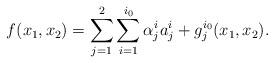
LaTeX: \begin{align*}f(x_1,x_2)=\sum_{j=1}^2\sum_{i=1}^{i_0} \alpha_j^i a_j^i+ g_j^{i_0}(x_1,x_2).\end{align*}